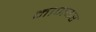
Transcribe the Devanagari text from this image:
माणकर